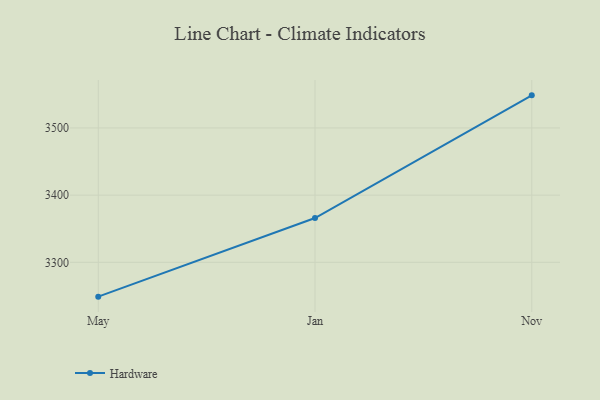
{"axis": {"x": "Month", "y": "Latency (ms)"}, "legend": ["Hardware"], "data": [{"x": "May", "y": 3248.9, "type": "Hardware"}, {"x": "Jan", "y": 3365.9, "type": "Hardware"}, {"x": "Nov", "y": 3548.5, "type": "Hardware"}]}